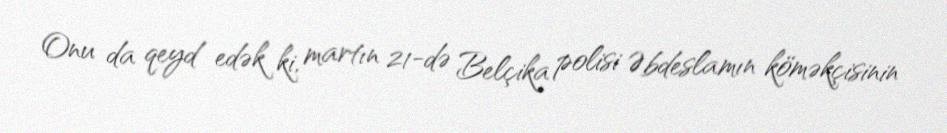
Onu da qeyd edək ki, martın 21-də Belçika polisi Əbdeslamın köməkçisinin